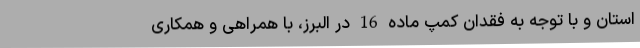
استان و با توجه به فقدان کمپ ماده 16 در البرز، با همراهی و همکاری